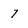
Character: 7